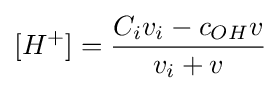
[H^{+}]={\frac {C_{i}v_{i}-c_{OH}v}{v_{i}+v}}